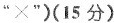
”×”)(15分)